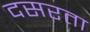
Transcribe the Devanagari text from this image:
दसरता